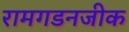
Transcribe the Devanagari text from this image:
रामगडनजीक